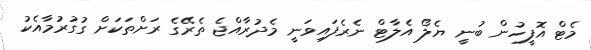
މެޓް އޮފީހުން ބުނީ ޔެލޯ އެލާޓް ނެރެފައިވަނީ މެދުރާއްޖެ ތެރޭގެ ރަށްތަކަށް ގުގުރުމާއެކު